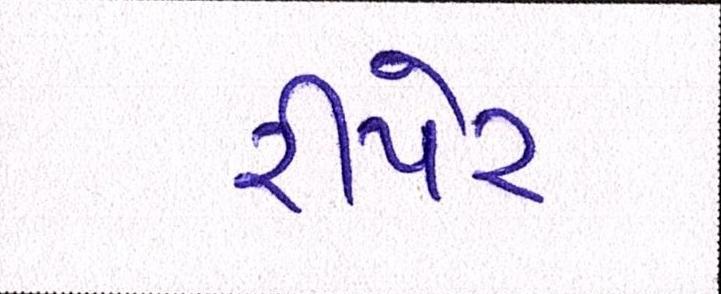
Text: રીપેર